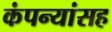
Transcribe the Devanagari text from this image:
कंपन्यांसह